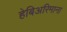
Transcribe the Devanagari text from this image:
हेबिअरिमाना